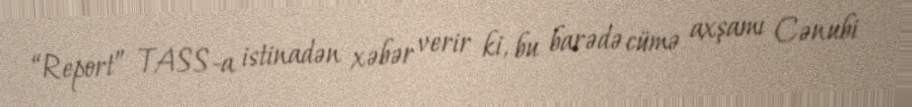
“Report” TASS-a istinadən xəbər verir ki, bu barədə cümə axşamı Cənubi